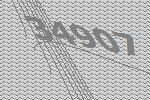
34907